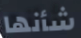
شأنها